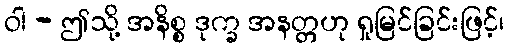
ဝါ - ဤသို့ အနိစ္စ ဒုက္ခ အနတ္တဟု ရှုမြင်ခြင်းဖြင့်၊